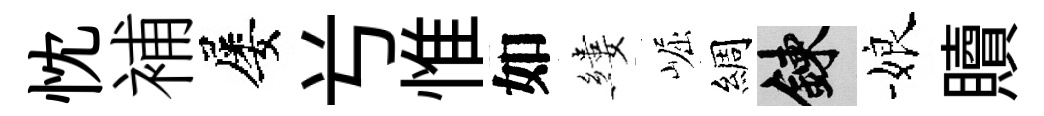
忱補屡𠔃惟如縷崛綢練娘贖